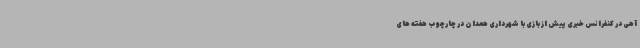
آهی در کنفرانس خبری پیش از بازی با شهرداری همدان در چارچوب هفته های